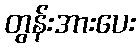
တွန်းအားပေး